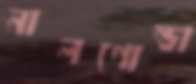
নালগোন্ডা